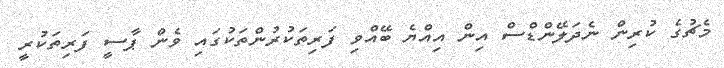
މެޗުގެ ކުރިން ނެދަލޭންޑްސް އިން އިއްޔެ ބޭއްވި ފަރިތަކުރުންތަކުގައި ވެން ޕާސީ ފަރިތަކުރީ